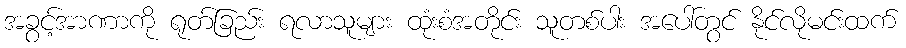
အခွင့်အာဏာကို ရုတ်ခြည်း ရလာသူများ ထုံးစံအတိုင်း သူတစ်ပါး အပေါ်တွင် နိုင်လိုမင်းထက်